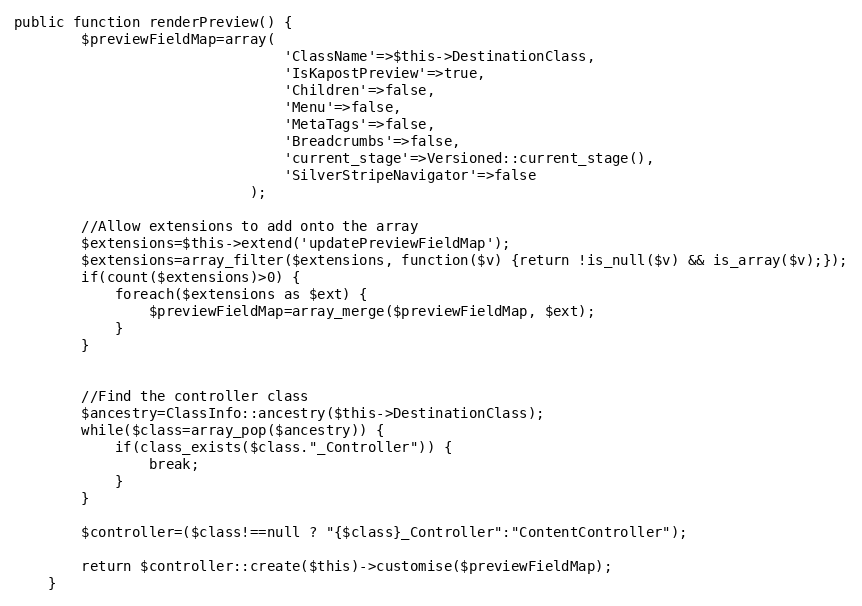
Language: PHP
public function renderPreview() {
        $previewFieldMap=array(
                                'ClassName'=>$this->DestinationClass,
                                'IsKapostPreview'=>true,
                                'Children'=>false,
                                'Menu'=>false,
                                'MetaTags'=>false,
                                'Breadcrumbs'=>false,
                                'current_stage'=>Versioned::current_stage(),
                                'SilverStripeNavigator'=>false
                            );

        //Allow extensions to add onto the array
        $extensions=$this->extend('updatePreviewFieldMap');
        $extensions=array_filter($extensions, function($v) {return !is_null($v) && is_array($v);});
        if(count($extensions)>0) {
            foreach($extensions as $ext) {
                $previewFieldMap=array_merge($previewFieldMap, $ext);
            }
        }

        //Find the controller class
        $ancestry=ClassInfo::ancestry($this->DestinationClass);
        while($class=array_pop($ancestry)) {
            if(class_exists($class."_Controller")) {
                break;
            }
        }

        $controller=($class!==null ? "{$class}_Controller":"ContentController");

        return $controller::create($this)->customise($previewFieldMap);
    }